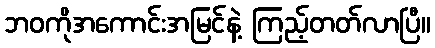
ဘဝကိုအကောင်းအမြင်နဲ့ ကြည့်တတ်လာပြီ။